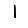
Digit: 1